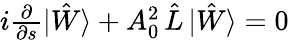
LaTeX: \begin{array}{r}{i\frac{\partial}{\partial s}|\hat{W}\rangle+A_{0}^{2}\, \hat{L}\, |\hat{W}\rangle=0}\end{array}